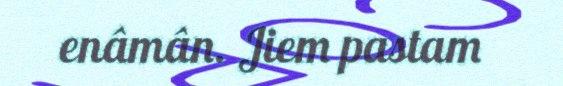
enâmân. Jiem pastam